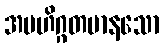
အဗဟိဂ္ဂတမာနသော